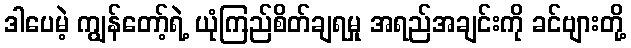
ဒါပေမဲ့ ကျွန်တော့်ရဲ့ ယုံကြည်စိတ်ချရမှု အရည်အချင်းကို ခင်ဗျားတို့